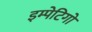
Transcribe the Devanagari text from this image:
इम्पेटिगो